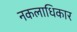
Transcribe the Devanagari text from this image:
नकलाधिकार